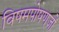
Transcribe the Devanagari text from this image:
विषमपोषणजों